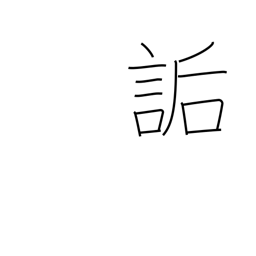
Meaning: ridicule